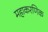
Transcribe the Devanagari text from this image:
महाकरणिक